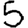
Digit: 5